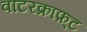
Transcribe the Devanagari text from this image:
वाटरक्राफ़्ट